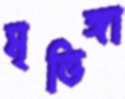
মৃত্তিঙ্গা